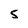
Character: 5